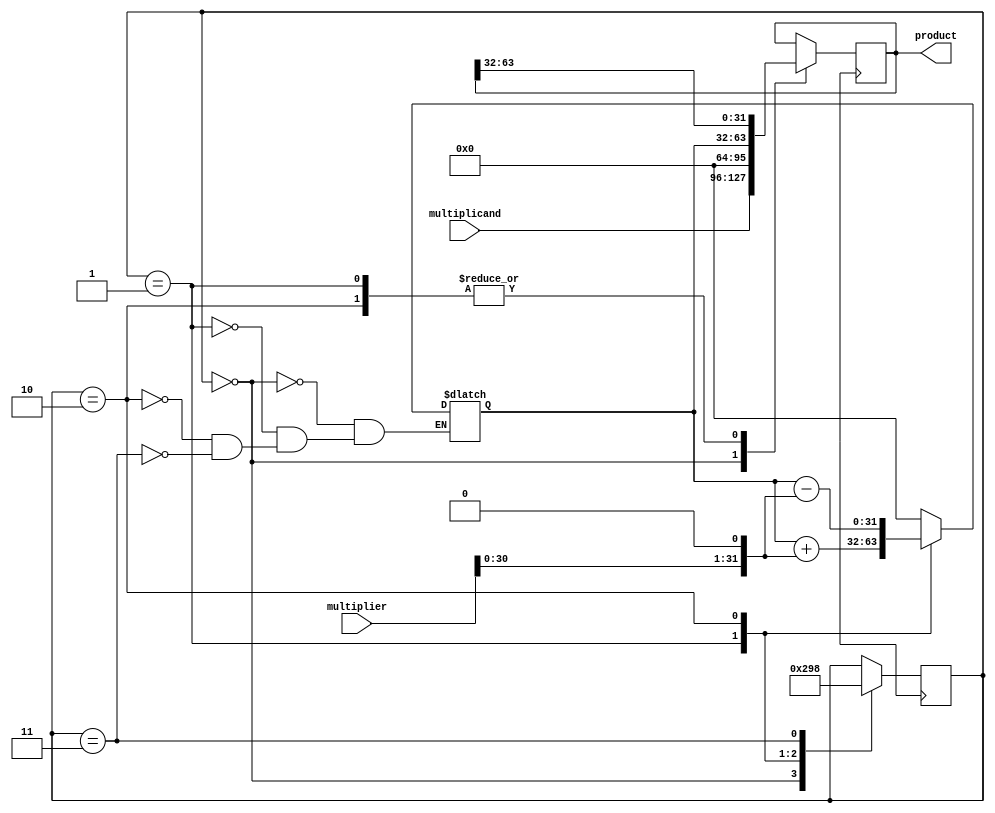
module Booth_Multiplier(
  input [31:0] multiplicand,
  input [31:0] multiplier,
  output reg [63:0] product
);

  reg [31:0] partial_product;
  reg [2:0] state;

  always @(*) begin
    case(state)
      2'b00: partial_product <= 32'h0;
      2'b01: partial_product <= partial_product + (multiplier << 1);
      2'b10: partial_product <= partial_product - (multiplier << 1);
      2'b11: partial_product <= 32'h0;
    endcase
  end

  always @(posedge clk) begin
    case(state)
      2'b00: begin
               product <= {multiplicand, 32'h0};
               state <= 2'b01;
             end
      2'b01: begin
               product <= {partial_product, product[63:32]};
               state <= 2'b10;
             end
      2'b10: begin
               product <= {partial_product, product[63:32]};
               state <= 2'b11;
             end
      2'b11: begin
               state <= 2'b00;
             end
    endcase
  end

endmodule